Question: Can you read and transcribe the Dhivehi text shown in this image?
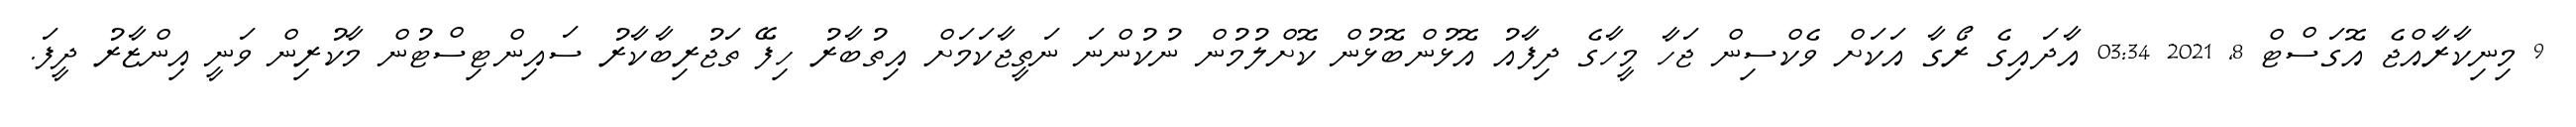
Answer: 9 މިނިކާރާއްޖެ އޮގަސްޓް 8, 2021 03:34 އާދައިގެ ރޯގާ އަކަށް ވެކްސިން ޖަހާ މީހާގެ ދިފާއު އޮޅުންބޮޅުން ކޮށްލުމުން ނުކުންނަ ނަތީޖާކަމަށް އިތުބާރު ހިފޭ ތަޖުރިބާކާރު ސައިންޓިސްޓުން މާކުރިން ވަނީ އިންޒާރު ދީފަ.